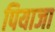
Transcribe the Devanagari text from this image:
पियाजा